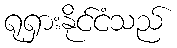
ရုရှားနိုင်ငံသည်